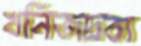
খনিজদ্রব্য